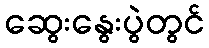
ဆွေးနွေးပွဲတွင်